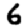
Digit: 6